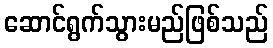
ဆောင်ရွက်သွားမည်ဖြစ်သည်